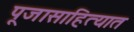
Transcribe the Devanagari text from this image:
पूजासाहित्यात